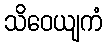
သိဝေယျကံ